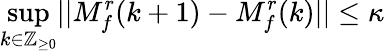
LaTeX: \operatorname*{sup}_{k\in\mathbb{Z}_{\geq 0}}\lvert|M_{f}^{r}(k+1)-M_{f}^{r}(k)\rvert|\leq\kappa